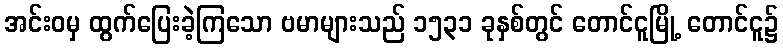
အင်းဝမှ ထွက်ပြေးခဲ့ကြသော ဗမာများသည် ၁၅၃၁ ခုနှစ်တွင် တောင်ငူမြို့ တောင်ငူ၌